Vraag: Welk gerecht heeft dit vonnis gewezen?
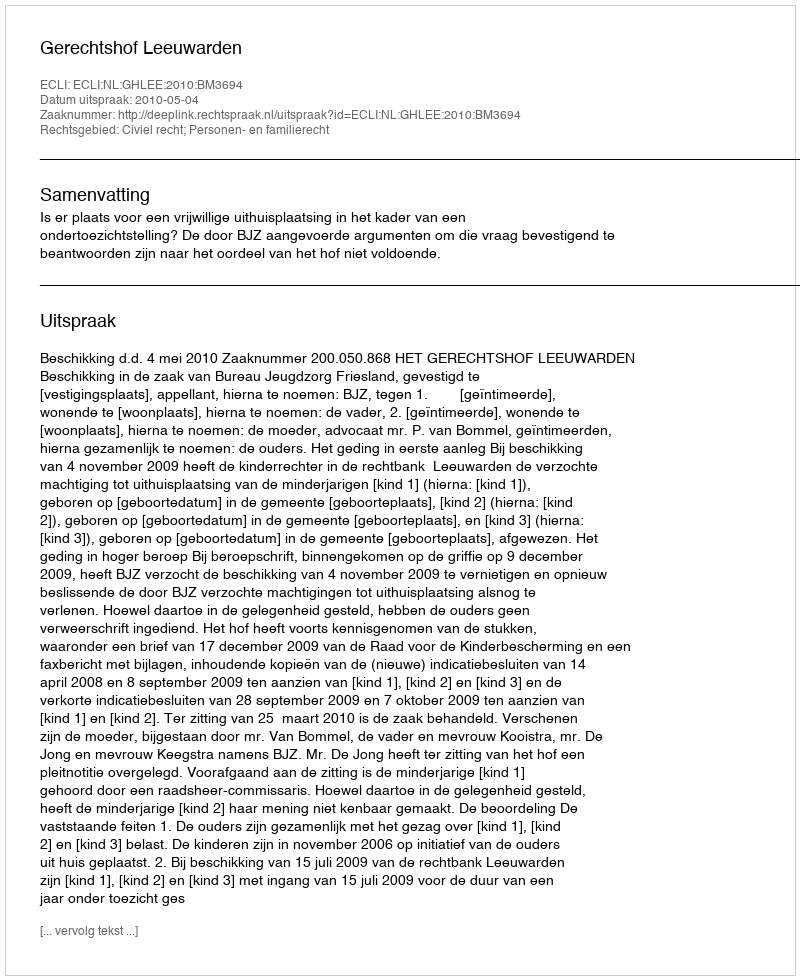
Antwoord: Gerechtshof Leeuwarden